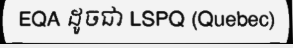
EQA ដូចជា LSPQ (Quebec)